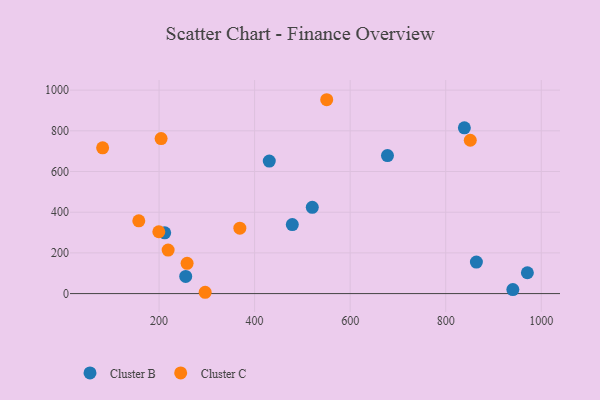
{"axis": {"x": "Experience", "y": "Fuel Efficiency"}, "legend": ["Cluster B", "Cluster C"], "data": [{"x": "839.0", "y": 814.5, "type": "Cluster B"}, {"x": "940.5", "y": 19.5, "type": "Cluster B"}, {"x": "430.7", "y": 651.2, "type": "Cluster B"}, {"x": "970.9", "y": 102.3, "type": "Cluster B"}, {"x": "520.7", "y": 423.8, "type": "Cluster B"}, {"x": "678.1", "y": 678.2, "type": "Cluster B"}, {"x": "478.9", "y": 339.1, "type": "Cluster B"}, {"x": "211.8", "y": 298.4, "type": "Cluster B"}, {"x": "255.8", "y": 84.2, "type": "Cluster B"}, {"x": "864.2", "y": 154.8, "type": "Cluster B"}, {"x": "258.7", "y": 148.7, "type": "Cluster C"}, {"x": "296.5", "y": 6.4, "type": "Cluster C"}, {"x": "219.0", "y": 213.6, "type": "Cluster C"}, {"x": "369.1", "y": 321.7, "type": "Cluster C"}, {"x": "550.9", "y": 952.8, "type": "Cluster C"}, {"x": "199.5", "y": 304.0, "type": "Cluster C"}, {"x": "81.9", "y": 716.5, "type": "Cluster C"}, {"x": "204.3", "y": 761.8, "type": "Cluster C"}, {"x": "157.6", "y": 357.8, "type": "Cluster C"}, {"x": "851.4", "y": 753.5, "type": "Cluster C"}]}